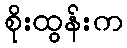
စိုးထွန်းက